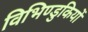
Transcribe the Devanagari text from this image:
विभिण्डुकियों